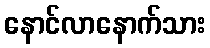
နောင်လာနောက်သား